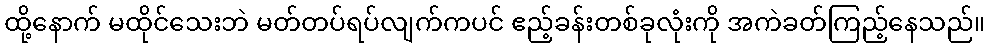
ထို့နောက် မထိုင်သေးဘဲ မတ်တပ်ရပ်လျက်ကပင် ဧည့်ခန်းတစ်ခုလုံးကို အကဲခတ်ကြည့်နေသည်။